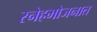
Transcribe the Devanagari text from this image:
स्नेहभोजनात